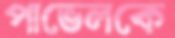
পাভেলকে